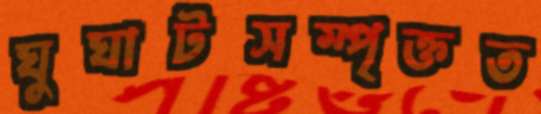
ঘুঘাটসম্পৃক্তত